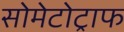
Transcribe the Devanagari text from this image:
सोमेटोट्राफ